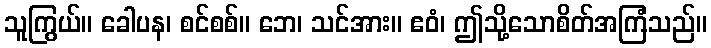
သူကြွယ်။ ခေါပန၊ စင်စစ်။ ဘေ၊ သင်အား။ ဧဝံ၊ ဤသို့သောစိတ်အကြံသည်။